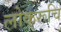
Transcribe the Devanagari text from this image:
लोकरूचि